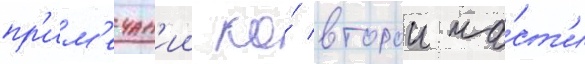
пр'им'ечан'ии ко́ второи ча́ст'и